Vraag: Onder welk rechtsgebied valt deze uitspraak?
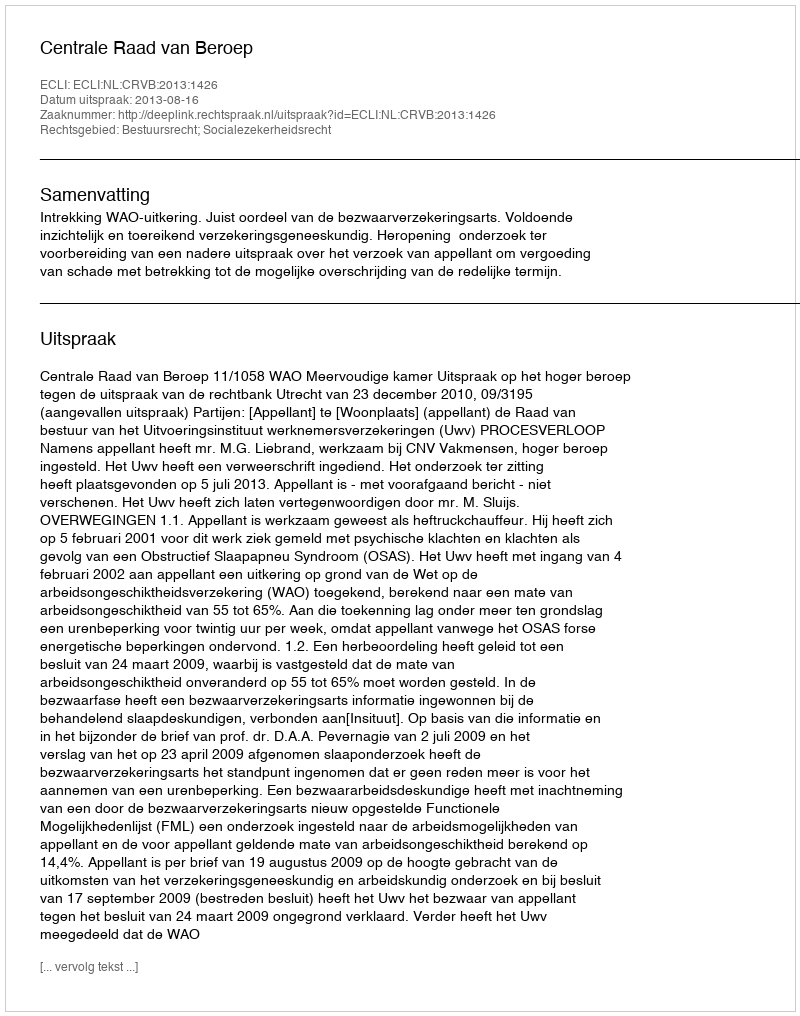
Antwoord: Bestuursrecht; Socialezekerheidsrecht